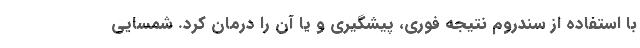
با استفاده از سندروم نتیجه فوری، پیشگیری و یا آن را درمان کرد. شمسایی